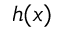
h ( x )